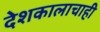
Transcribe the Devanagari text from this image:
देशकालाचाही